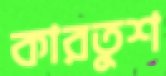
কারতুশ